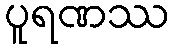
ပူရဏဿ